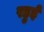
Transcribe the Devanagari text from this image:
रहुई